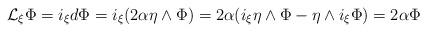
LaTeX: \begin{align*}\mathcal{L}_{\xi }\Phi =i_{\xi }d\Phi =i_{\xi }(2\alpha \eta \wedge\Phi )=2\alpha (i_{\xi }\eta \wedge \Phi -\eta \wedge i_{\xi }\Phi )=2\alpha\Phi \end{align*}